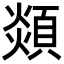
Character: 顃